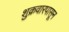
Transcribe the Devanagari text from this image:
शुक्रवारपासून